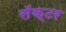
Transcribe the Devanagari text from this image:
सॅक्टर